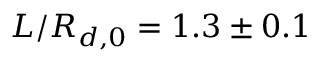
L / R _ { d , 0 } = 1 . 3 \pm 0 . 1